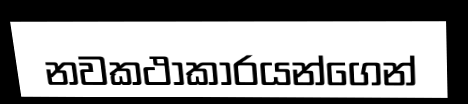
නවකථාකාරයන්ගෙන්